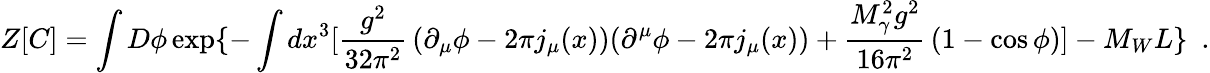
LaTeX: Z[C]=\int D\phi\exp\{ -\int dx^{3}[\frac{g^{2}}{32\pi^{2}}\, (\partial_{\mu}\phi-2\pi j_{\mu}(x))(\partial^{\mu}\phi-2\pi j_{\mu}(x))+\frac{M_{\gamma}^{2}g^{2}}{16\pi^{2}}\, (1-\cos\phi)]-M_{W}L\} \, \, \, .